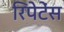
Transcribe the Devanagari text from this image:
रिपेटेंस